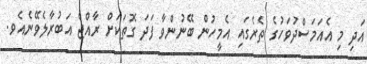
އަދި މި އެއަމަސްދުވަހުގެ ތެރެގައި އެމީހުން ބޭނުންވާ ފަދަ ގޮތަކަށް ރާއްޖެ އަބުރާލެވޭނެއެވ.